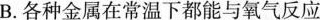
B.各种金属在常温下都能与氧气反应